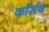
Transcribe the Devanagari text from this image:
कॉर्सन